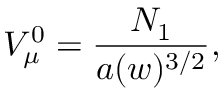
{ \cal V } _ { \mu } ^ { 0 } = \frac { { \cal N } _ { 1 } } { a ( w ) ^ { 3 / 2 } } ,